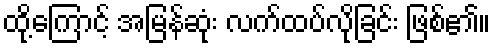
ထို့ကြောင့် အမြန်ဆုံး လက်ထပ်လိုခြင်း ဖြစ်၏။